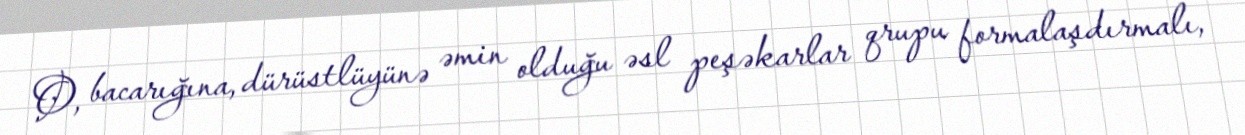
O, bacarığına, dürüstlüyünə əmin olduğu əsl peşəkarlar qrupu formalaşdırmalı,